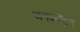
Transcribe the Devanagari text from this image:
जनकानून